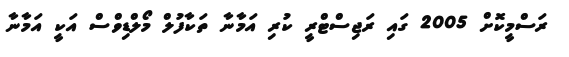
ރަސްމީކޮށް 2005 ގައި ރަޖިސްޓްރީ ކުރި އަމާނާ ތަކާފުލް މޯލްޑިވްސް އަކީ އަމާނާ